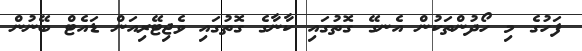
ފަހުގެ މި ހޯދުންތަކުން އެނގޭ ގޮތުގައި ކާނާގެ ގޮތުގައި ވެޖިޓޭރިއަން ޑައެޓް ބޭނުން